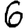
Digit: 6